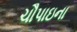
ચૌપાઇના